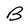
Character: B